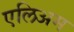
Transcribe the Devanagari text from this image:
एलिअम